Bréfritari: H. Kristjana Finnbogadóttir
Viðtakandi: Jón Borgfirðingur
Dagsetning: A-1886-09-12
Skrifað á: Akureyri  Eyf.
Óvíst

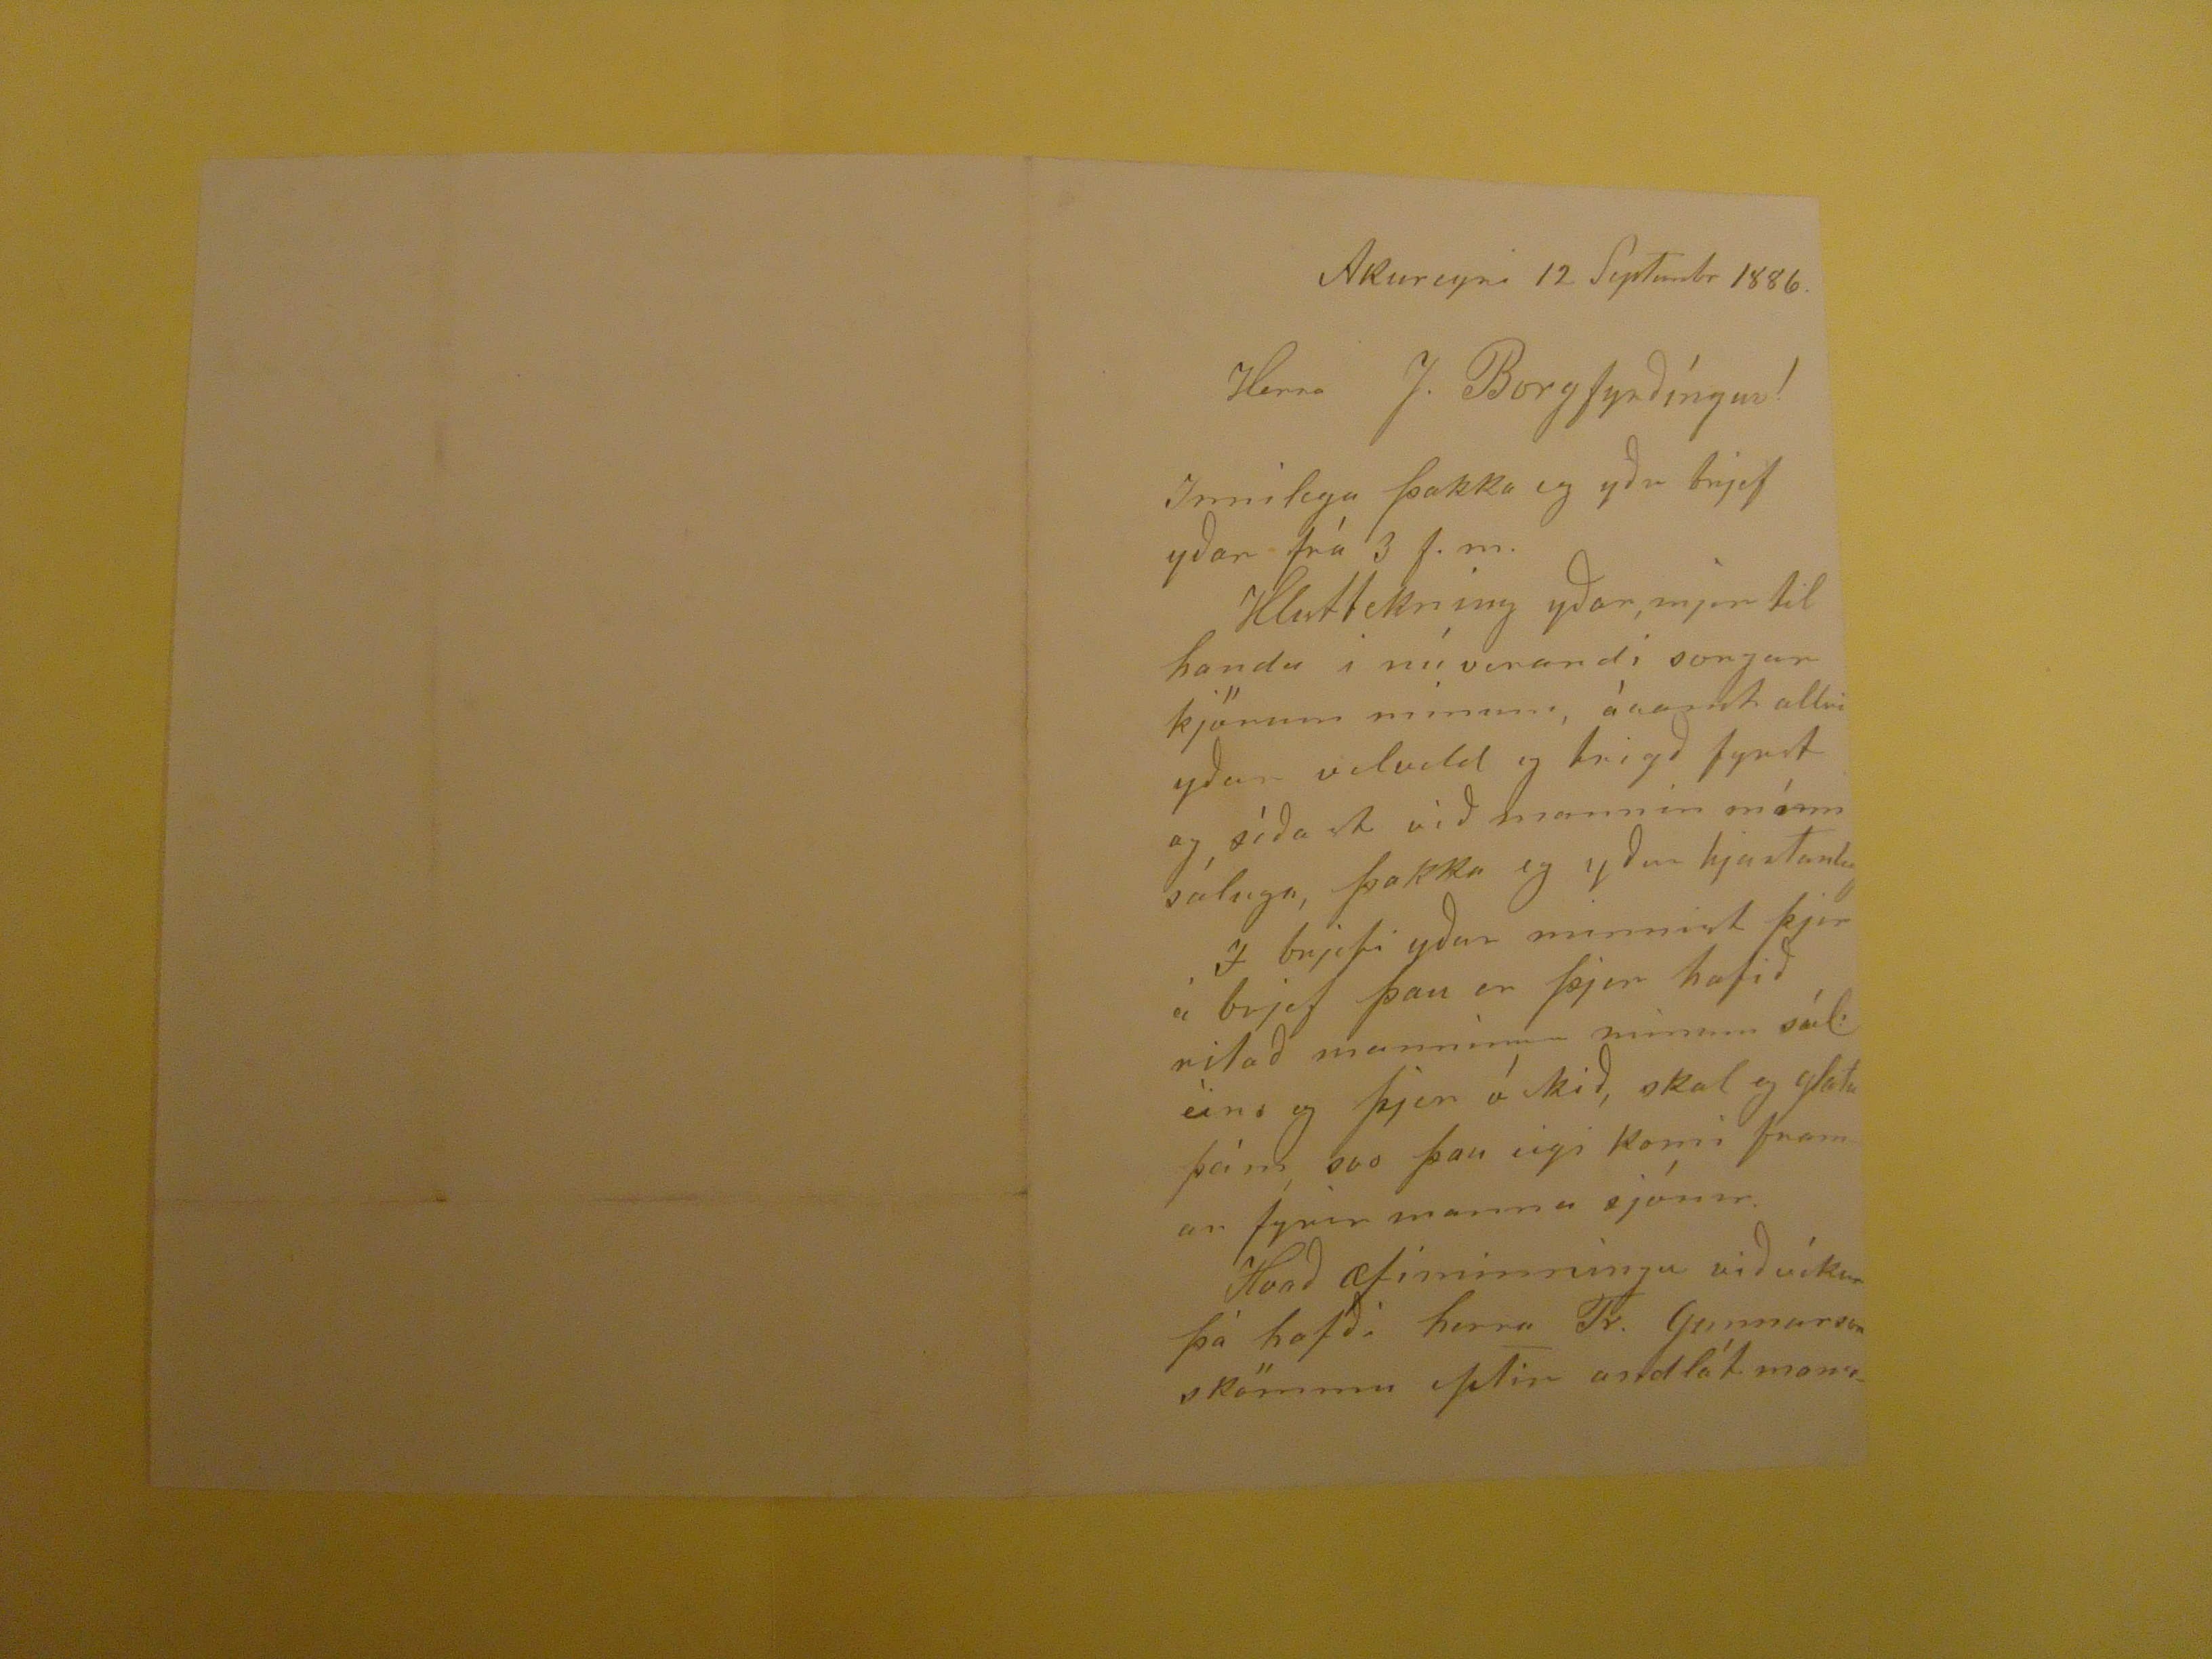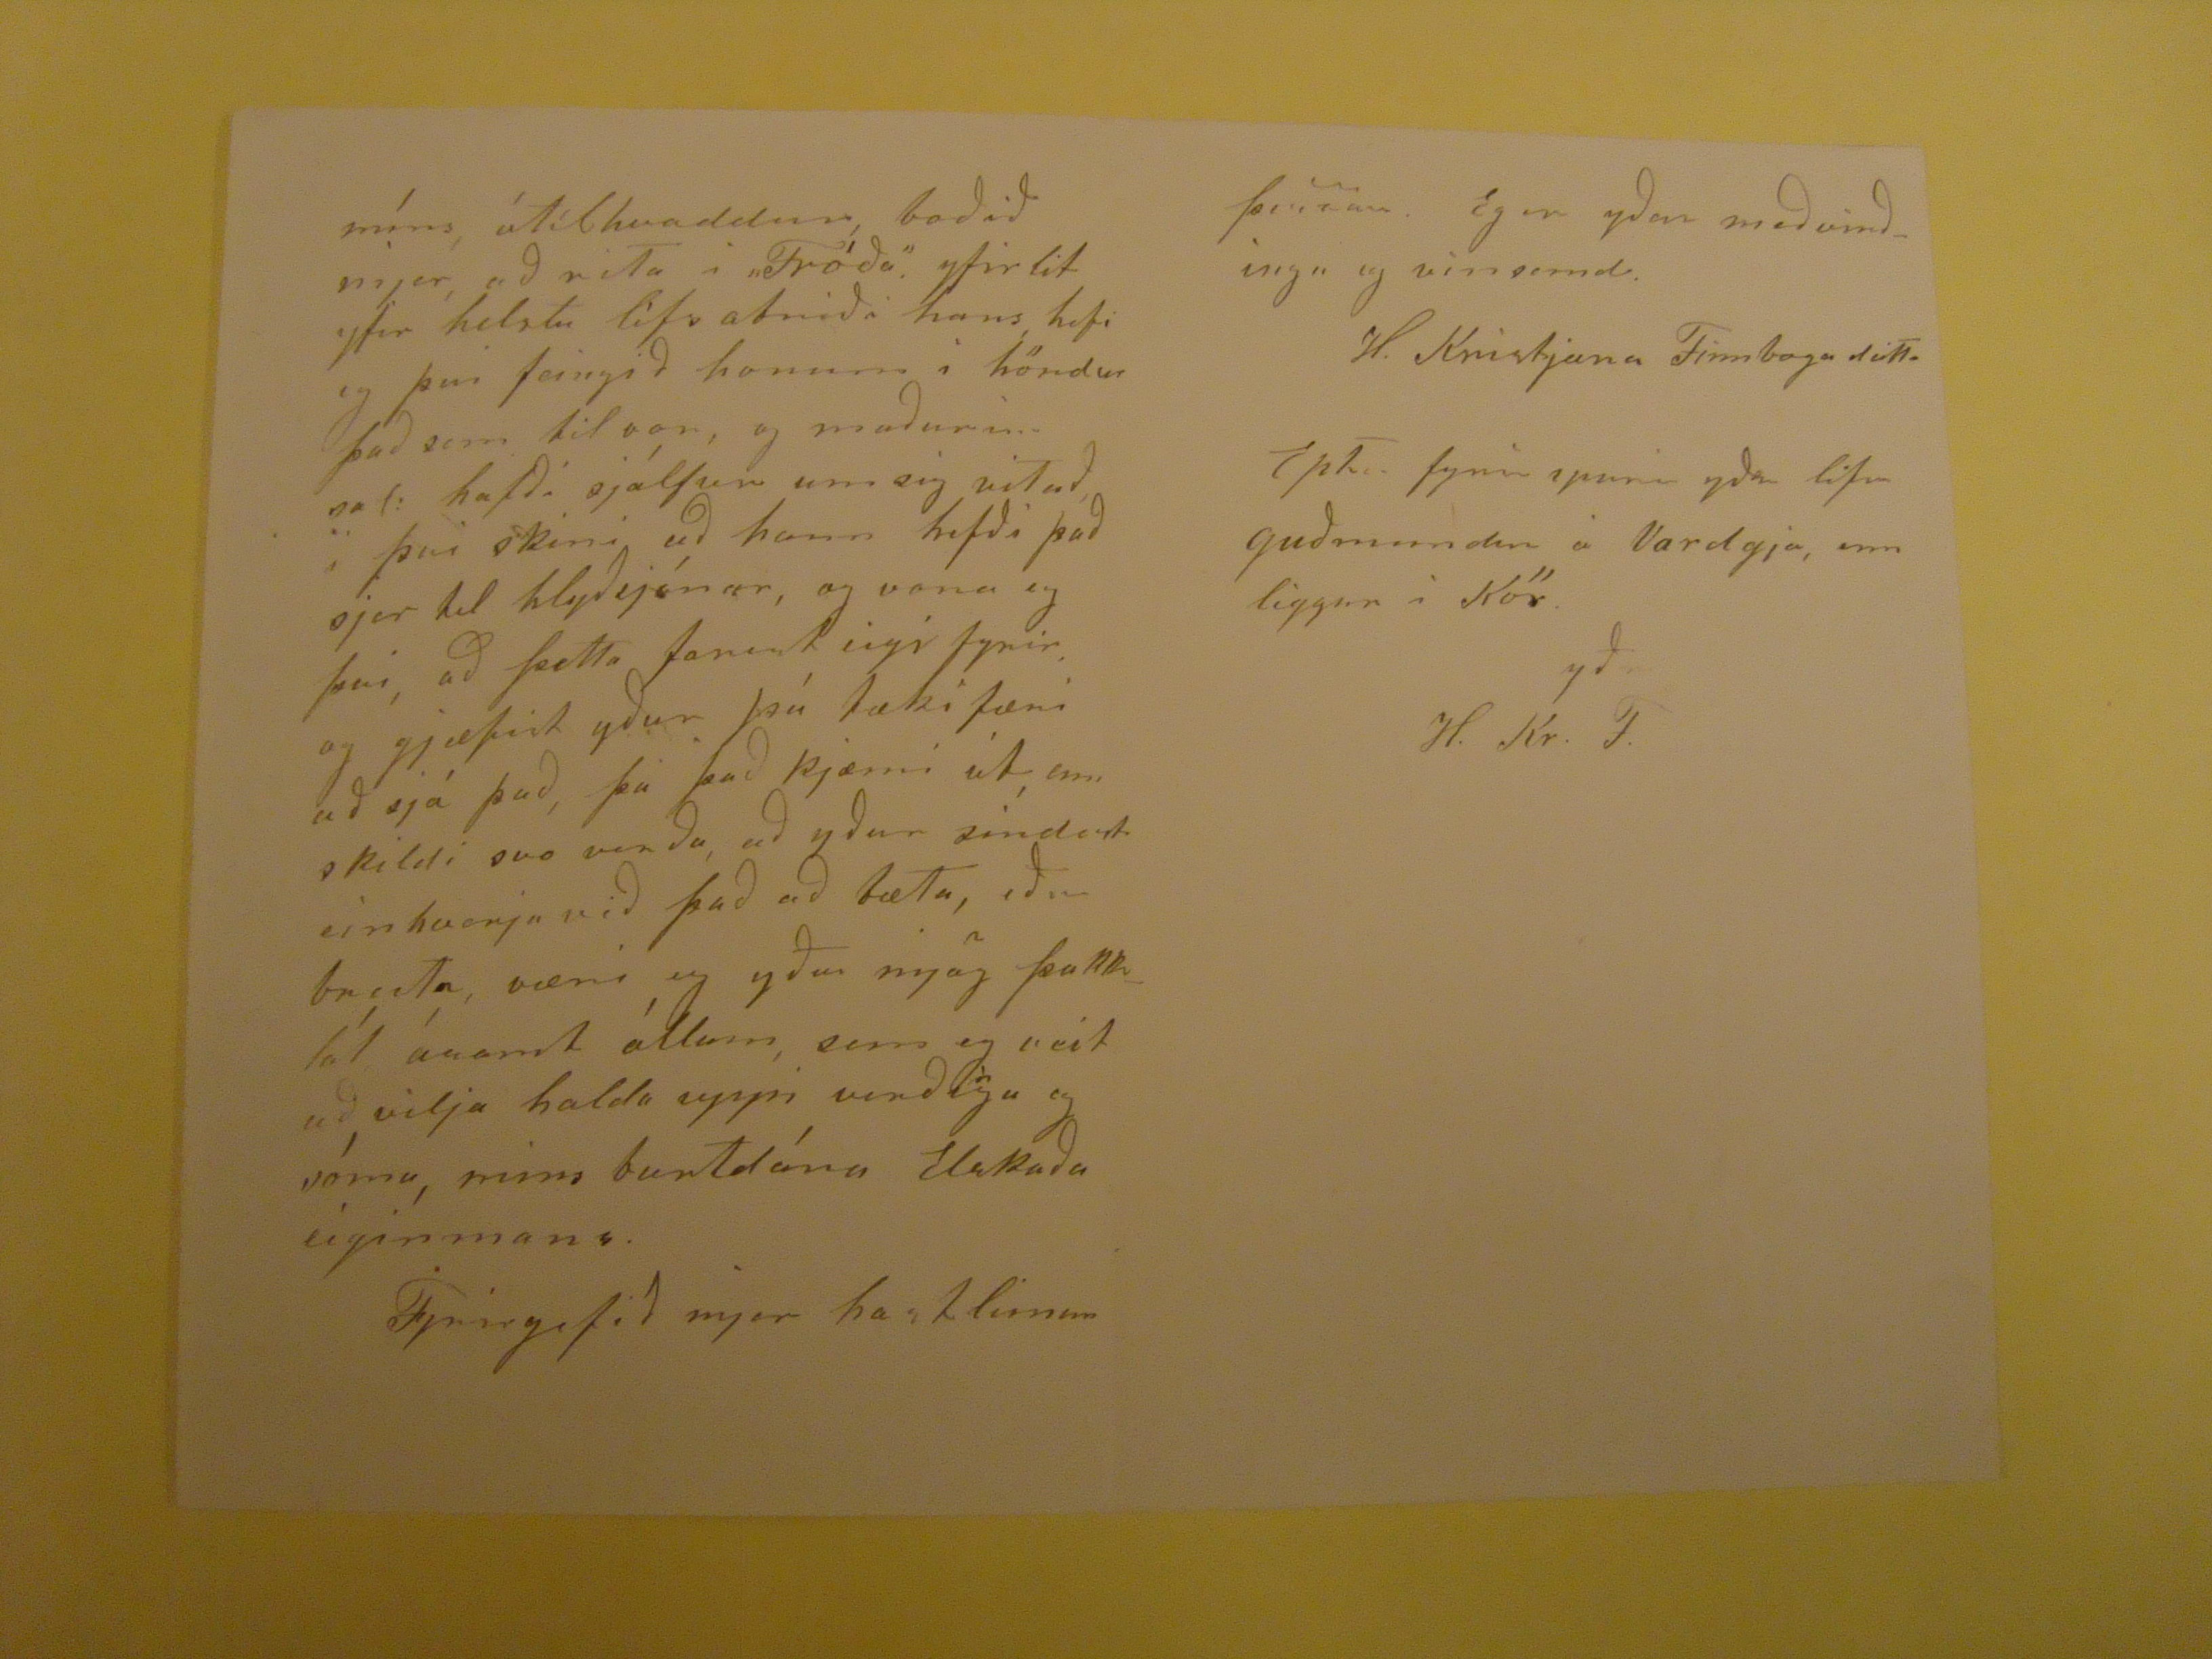

Akureyri 12 Septembr 1886.
Herra J. Borgfyrðíngur!
Innilega þakka eg yðu brjef yðar frá 3 f.m.
Hluttekning ydar, mjer til handa i núverandi
songur
kjörum mínum, ásamt allri uðar velvild og trigð fyrst og sìðast við mannin mínn sáluga, þakka eg yður hjartanleg,
Í
brjefi yðar minnist þjer á brjef þau er þjer hafið ritað manninum minum sál eins og þjer
óskið
, skal eg glata þeim, svo þau eigi komi framar fyrir manna sjónir.
Hvað æfiminningu við víkur þá hafði herra Tr. Gunnarsson skömmu eptir andlát mans
míns, ótilhvaddur, boðið mjer að rita i "Fróða". yfirlit yfir helstu lífs atriði hans hafi eg þvi feingið honum i höndur það sem til var, og maðurin
sati
hafði sjálfur um sig vitað, i þvi skini að hann hefði það sjer til hlyðsjónar, og vona eg þvi, að þetta farist eigi fyrir. og gjæfist yfður þá tækifæri að sjá það, þó það kjæmi út, enn skildi svo verða, að yður sindast einhverju við það að bæta, eðu breita væri eg yður mjög þakklát ásamt óllum, sem eg veit að vilja halda uppi
verðlegu
og sóma, mins burtdána Elskaða eiginmans.
Fyrirgefið mjer
hastlinur
þessar. Eg er yðar meðvirðingu og vinsemd.
H. Kristjana Finnbogadótti
Eptir fyrirspurn yðar lifir guðmundur á Vardyja, enn liggur i Kör.
yðr
H. Kr. F.